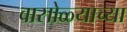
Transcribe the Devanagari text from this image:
वासोळ्याच्या